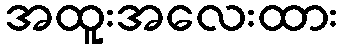
အထူးအလေးထား